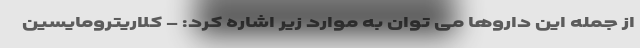
از جمله این داروها می توان به موارد زیر اشاره کرد: - کلاریترومایسین